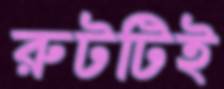
রুটটিই